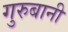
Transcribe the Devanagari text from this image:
गुरुबानी